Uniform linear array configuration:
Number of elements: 48
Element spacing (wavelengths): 0.5
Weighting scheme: blackman
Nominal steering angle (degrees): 30
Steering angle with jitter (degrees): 31.737
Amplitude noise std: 0.05
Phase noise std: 0.05

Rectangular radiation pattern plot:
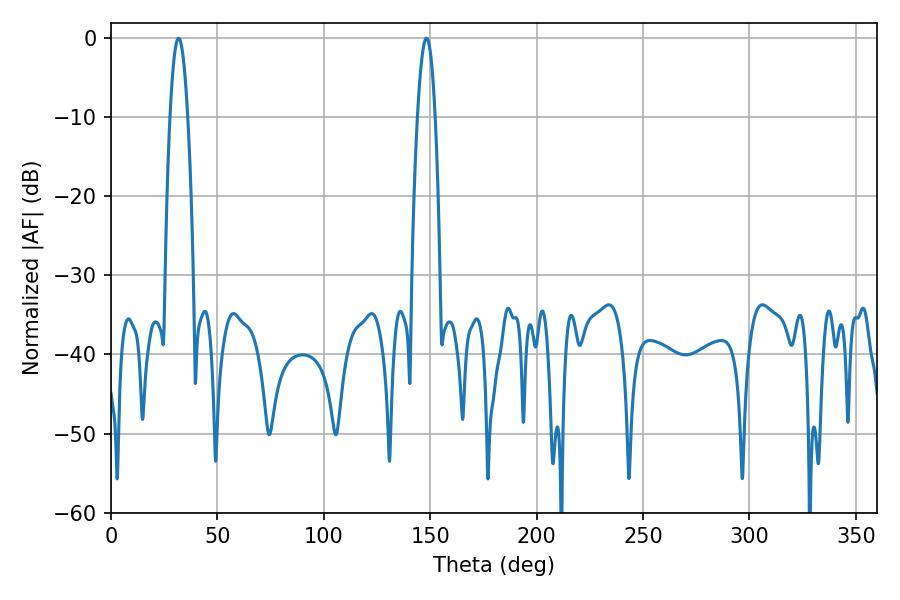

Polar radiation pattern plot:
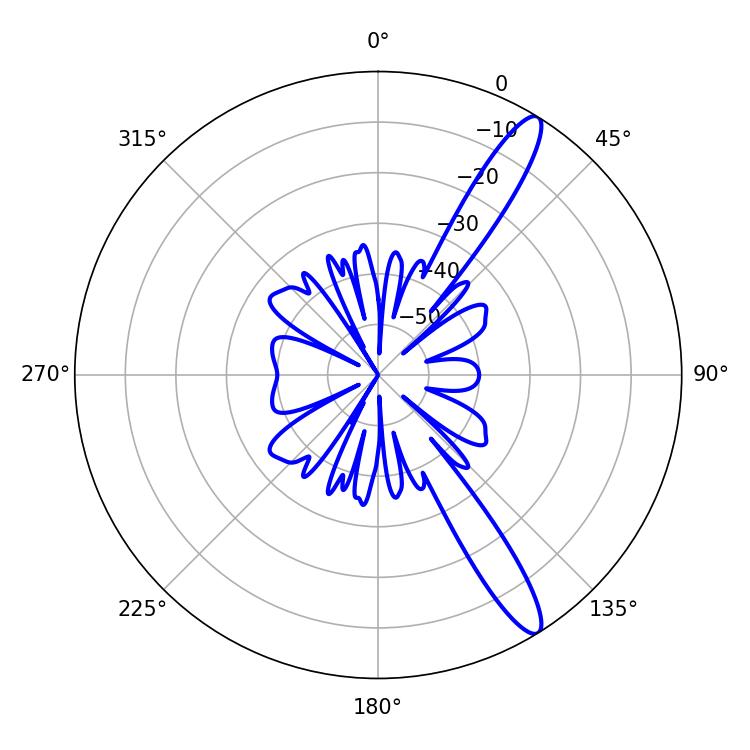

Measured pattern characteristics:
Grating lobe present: FALSE
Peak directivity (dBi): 13.418
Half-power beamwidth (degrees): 4.5
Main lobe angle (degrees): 31.68